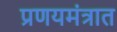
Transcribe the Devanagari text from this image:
प्रणयमंत्रात